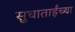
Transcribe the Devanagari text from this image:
सुधाताईंच्या